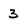
Character: 3